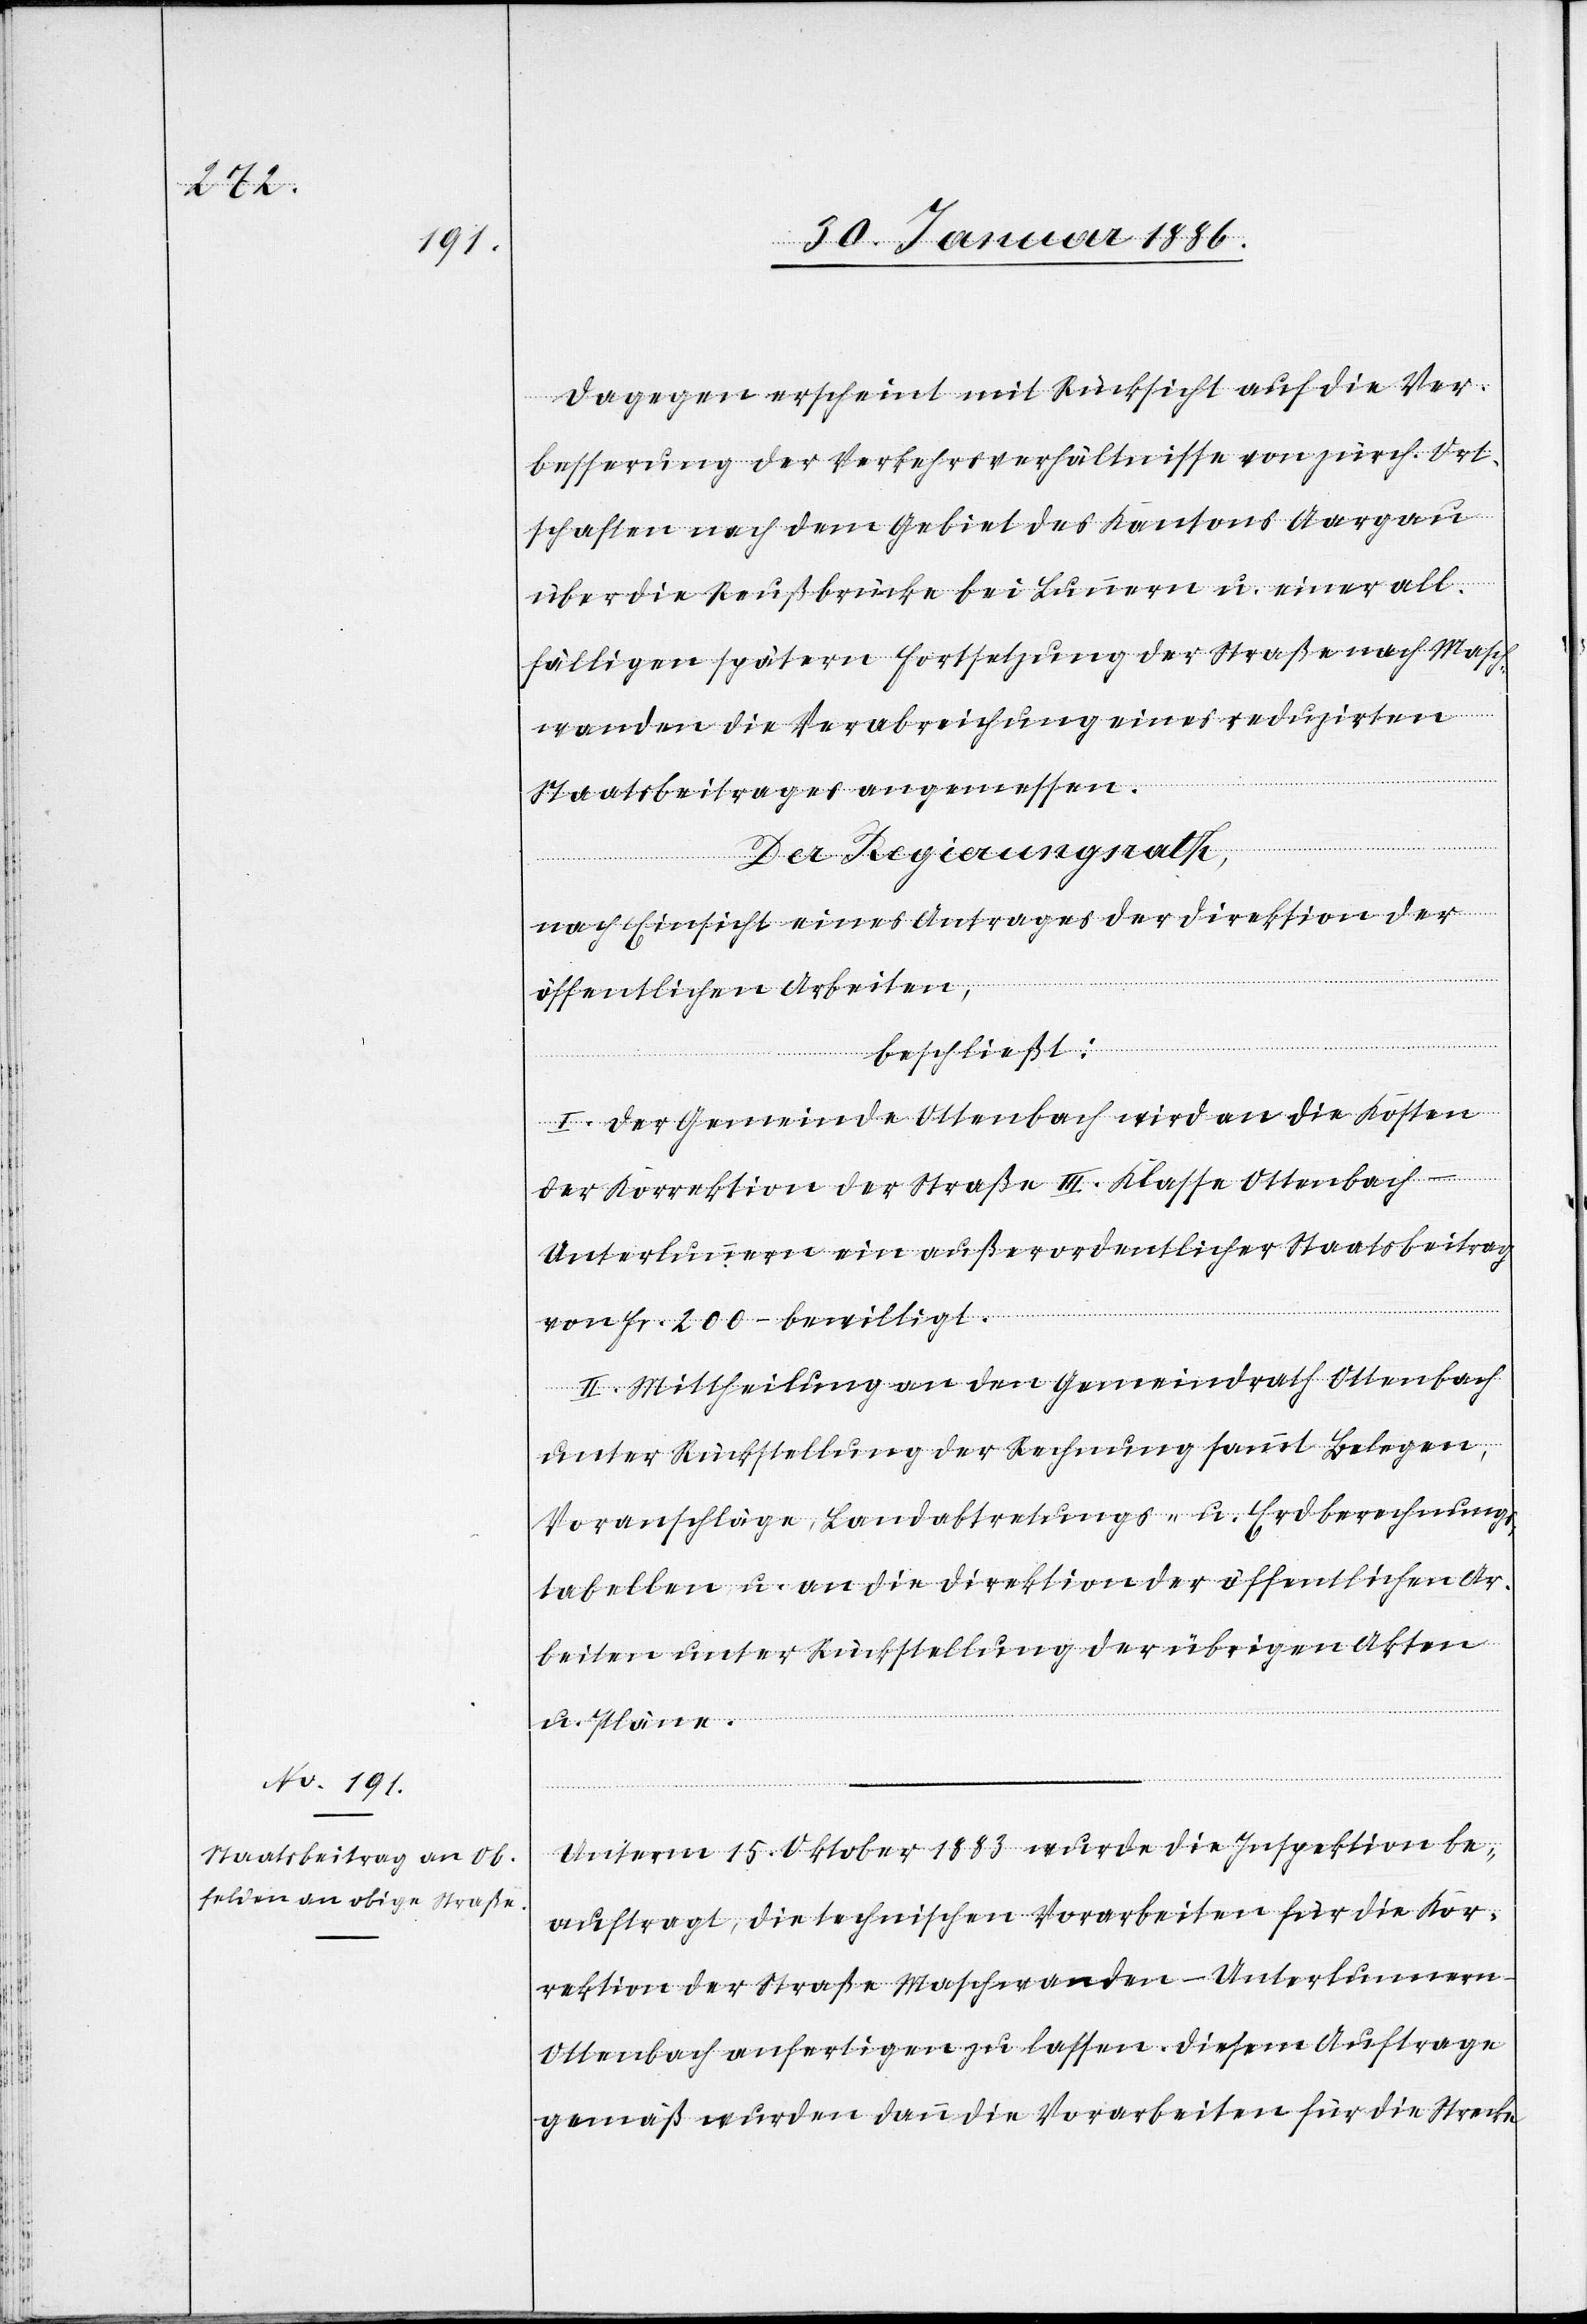
Dagegen erscheint mit Rücksicht auf die Ver¬
besserung der Verkehrsverhältnisse von zürch. Ort¬
schaften nach dem Gebiet des Kantons Aargau
über die Reußbrücke bei Lunnern u. einer all¬
fälligen spätern Fortsetzung der Straße nach Masch¬
wanden die Verabreichung eines reduzierten
Staatsbeitrages angemessen.
Der Regierungsrath,
nach Einsicht eines Antrages der Direktion der
öffentlichen Arbeiten,
beschließt:
I. Der Gemeinde Ottenbach wird an die Kosten
der Korrektion der Straße III. Klasse Ottenbach–U¬
nterlunnern ein außerordentlicher Staatsbeitrag
von Fr. 200.– bewilligt.
II. Mittheilung an den Gemeindrath Ottenbach
unter Rückstellung der Rechnung sammt Belegen,
Voranschläge, Landabtretungs- u. Erdberechnung¬
s-tabellen u. an die Direktion der öffentlichen Ar¬
beiten unter Rückstellung der übrigen Akten
u. Pläne.
Unterm 15. Oktober 1883 wurde die Inspektion be¬
auftragt, die technischen Vorarbeiten für die Kor¬
rektion der Straße Maschwanden–Unterlunnern–O¬
ttenbach anfertigen zu lassen. Diesem Auftrage
gemäß wurden dann die Vorarbeiten für die Strecke